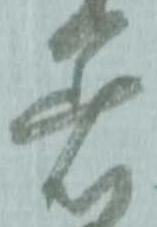
着